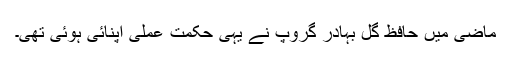
ماضی میں حافظ گل بہادر گروپ نے یہی حکمت عملی اپنائی ہوئی تھی۔